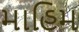
માહિમ